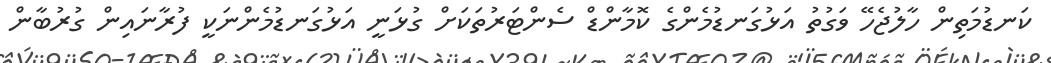
ކަނޑުމަތިން ހާލުޖެހޭ ވަގުތު އަޅުގަނޑުމެންގެ ކޮމާންޑް ސެންޓަރުތަކަށް ގުޅަނީ އަޅުގަނޑުމެންނަކީ ފުރާނައިން ގުރުބާން